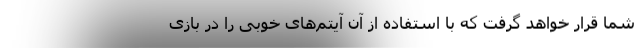
شما قرار خواهد گرفت که با استفاده از آن آیتم‌های خوبی را در بازی